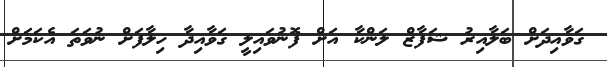
ގަވާއިދަށް ބަލާއިރު ޝަފާޒް ލަންކާ އަށް ފޮނުވައިލީ ގަވާއިދާ ހިލާފަށް ނުވަތަ އެކަމަށް